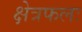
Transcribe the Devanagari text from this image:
क्षेत्रफलः